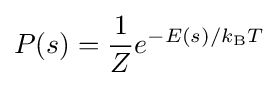
P(s)={\frac {1}{Z}}e^{-E(s)/k_{\text{B}}T}